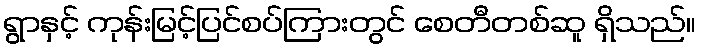
ရွာနှင့် ကုန်းမြင့်ပြင်စပ်ကြားတွင် စေတီတစ်ဆူ ရှိသည်။